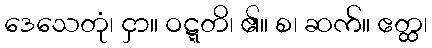
ဒေသေတုံ၊ ငှာ။ ဝဋ္ဋတိ၊ ၏။ စ၊ ဆက်။ ဧတ္ထ၊